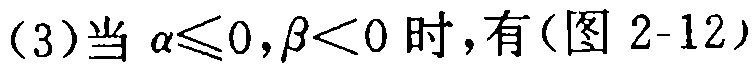
(3)当\(\alpha\leqslant0,\beta<0\)时，有（图 2-12）